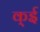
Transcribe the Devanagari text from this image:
क्ई